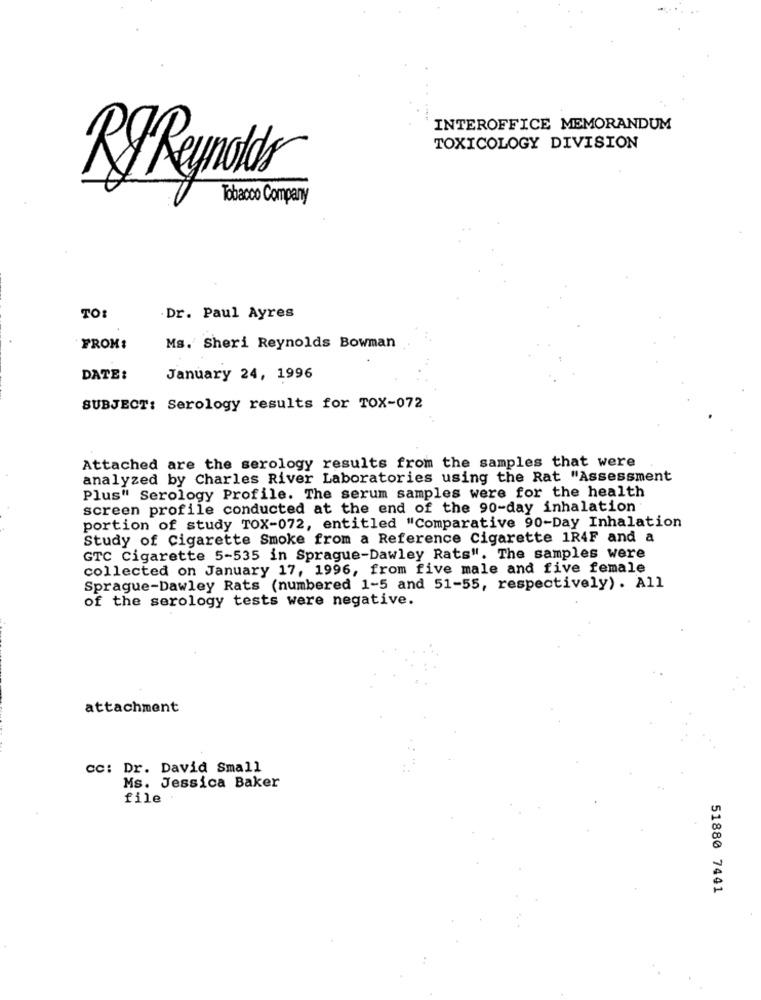
INTEROFFICE MEMORANDUM
TOXICOLOGY DIVISION
RyReynolds
Tobacco Company
TO:
Dr. Paul Ayres
FROM:
Ms. Sheri Reynolds Bowman
DATE:
January 24, 1996
SUBJECT: Serology results for TOX-072
Attached are the serology results from the samples that were
analyzed by Charles River Laboratories using the Rat "Assessment
Plus" Serology Profile. The serum samples were for the health
screen profile conducted at the end of the 90-day inhalation
portion of study TOX-072, entitled "Comparative 90-Day Inhalation
Study of Cigarette Smoke from a Reference Cigarette 1R4F and a
GTC Cigarette 5-535 in Sprague-Dawley Rats". The samples were
collected on January 17, 1996, from five male and five female
Sprague-Dawley Rats (numbered 1-5 and 51-55, respectively). All
of the serology tests were negative.
attachment
cc: Dr. David Small
Ms. Jessica Baker
file
51880 7441